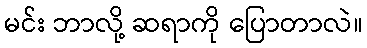
မင်း ဘာလို့ ဆရာကို ပြောတာလဲ။